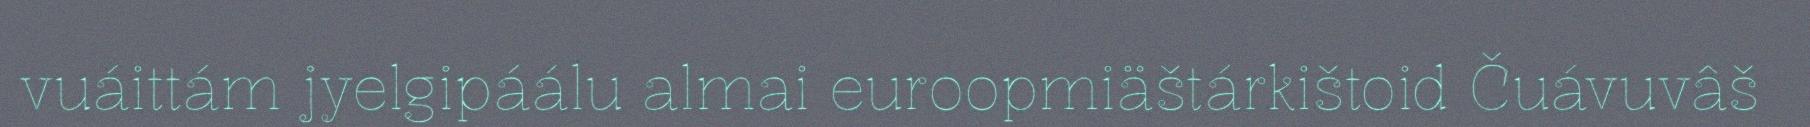
vuáittám jyelgipáálu almai euroopmiäštárkištoid Čuávuvâš